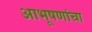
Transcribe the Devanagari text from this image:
आभूषणांचा